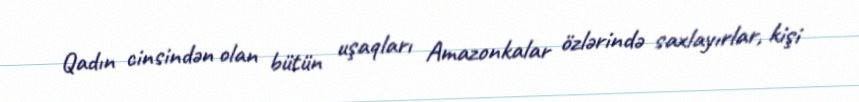
Qadın cinsindən olan bütün uşaqları Amazonkalar özlərində saxlayırlar, kişi